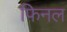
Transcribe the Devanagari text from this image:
फिनल